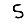
Digit: 5